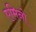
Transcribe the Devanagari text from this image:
एमिनो